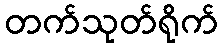
တက်သုတ်ရိုက်